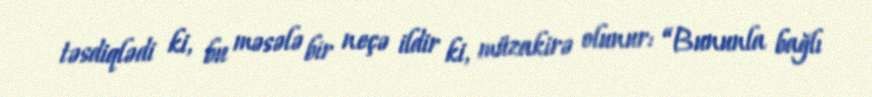
təsdiqlədi ki, bu məsələ bir neçə ildir ki, müzakirə olunur: “Bununla bağlı